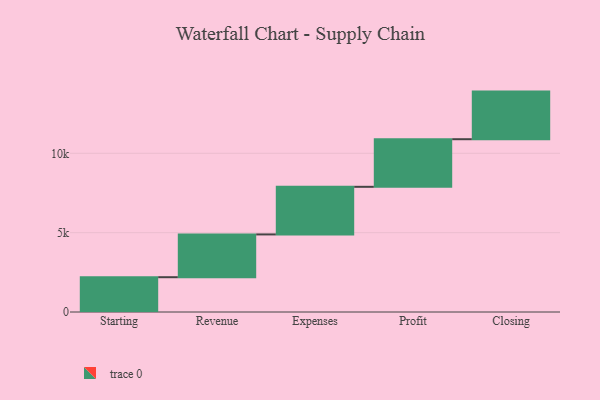
{"axis": {"x": "Step", "y": "Value"}, "legend": [""], "data": [{"x": "Starting", "y": 2193.0, "type": ""}, {"x": "Revenue", "y": 2696.0, "type": ""}, {"x": "Expenses", "y": 3000, "type": ""}, {"x": "Profit", "y": 3000, "type": ""}, {"x": "Closing", "y": 3000, "type": ""}]}